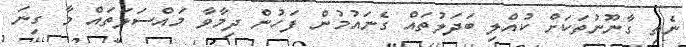
ނެތި ގާނޫނުތަކަށް ކުއްލި ބަދަލުތައް ގެނައުމުން ފަހުން ދިމާވާ މައްސަލަތައް މާ ގިނަ